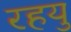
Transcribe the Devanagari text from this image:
रहयु